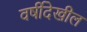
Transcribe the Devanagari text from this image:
वर्षीदेखील